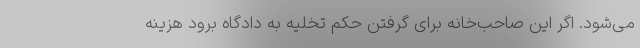
می‌شود. اگر این صاحب‌خانه برای گرفتن حکم تخلیه به دادگاه برود هزینه